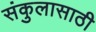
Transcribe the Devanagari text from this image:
संकुलासाठी